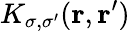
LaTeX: K_{\sigma,\sigma^{\prime}}({\mathbf r},{\mathbf r^{\prime}})